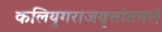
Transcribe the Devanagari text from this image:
कलियुगराजवृत्तांतवले